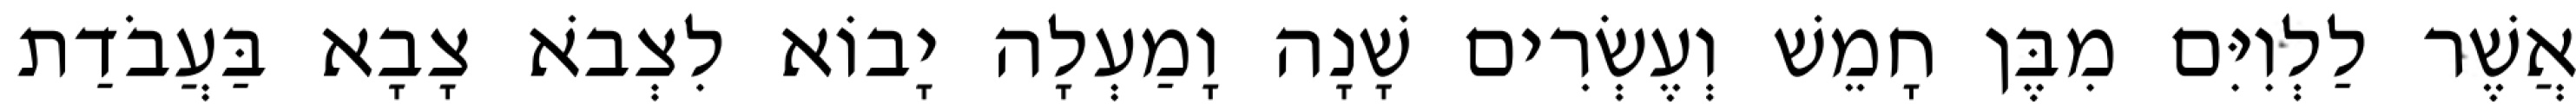
אֲשֶׁר לַלְוִיִּם מִבֶּן חָמֵשׁ וְעֶשְׂרִים שָׁנָה וָמַעְלָה יָבוֹא לִצְבֹא צָבָא בַּעֲבֹדַת